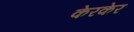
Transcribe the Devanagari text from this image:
केरकेर